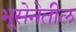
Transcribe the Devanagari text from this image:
भूसेनेतील